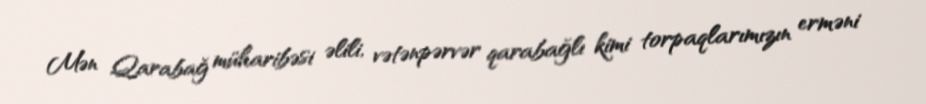
Mən Qarabağ müharibəsi əlili, vətənpərvər qarabağlı kimi torpaqlarımızın erməni